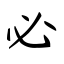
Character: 必